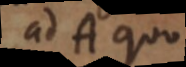
ad A quo